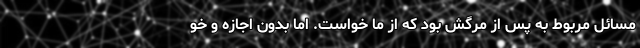
مسائل مربوط به پس از مرگش بود که از ما خواست. اما بدون اجازه و خو